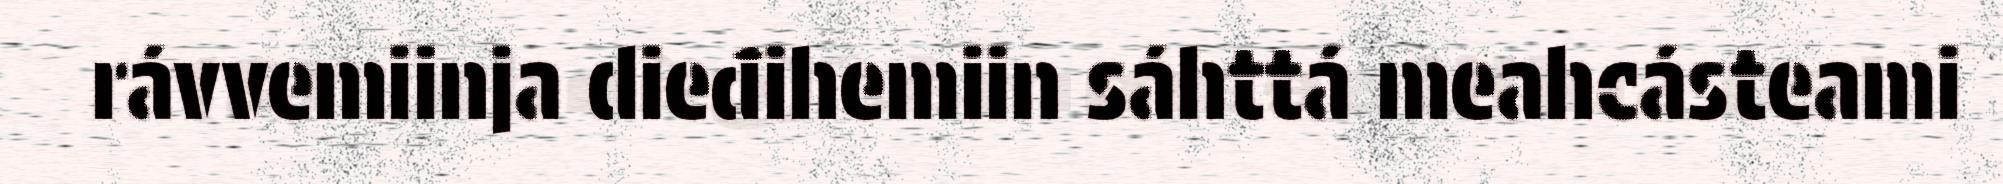
rávvemiinja dieđihemiin sáhttá meahcásteami